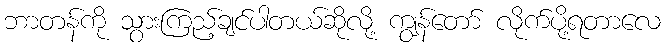
ဘာတန်ကို သွားကြည့်ချင်ပါတယ်ဆိုလို့ ကျွန်တော် လိုက်ပို့ရတာလေ